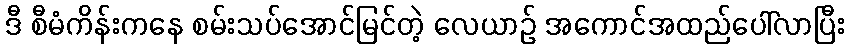
ဒီ စီမံကိန်းကနေ စမ်းသပ်အောင်မြင်တဲ့ လေယာဉ် အကောင်အထည်ပေါ်လာပြီး